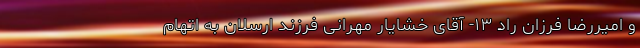
و امیررضا فرزان راد ۱۳- آقای خشایار مهرانی فرزند ارسلان به اتهام